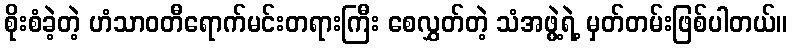
စိုးစံခဲ့တဲ့ ဟံသာဝတီရောက်မင်းတရားကြီး စေလွှတ်တဲ့ သံအဖွဲ့ရဲ့ မှတ်တမ်းဖြစ်ပါတယ်။